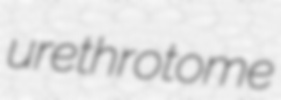
urethrotome